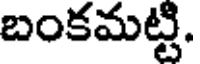
బంకమట్టి.